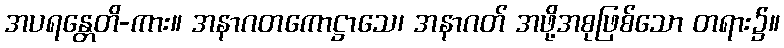
အပရန္တေတိ-ကား။ အနာဂတကောဋ္ဌာသေ၊ အနာဂတ် အဖို့အစုဖြစ်သော တရား၌။